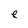
Character: e